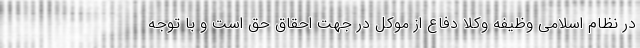
در نظام اسلامی وظیفه وکلا دفاع از موکل در جهت احقاق حق است و با توجه